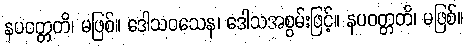
နပဝတ္တတိ၊ မဖြစ်။ ဒေါသဝသေန၊ ဒေါသအစွမ်းဖြင့်။ နပဝတ္တတိ၊ မဖြစ်။